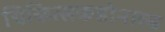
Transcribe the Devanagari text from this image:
चिकित्सकडोनाल्ड